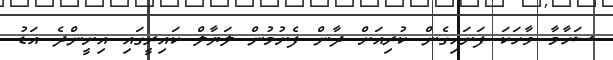
ސަހާމާ ވާހަކަ ފަށައިގެން ކުރިއަށް ދާން ފެށުމުން ލަޔާލް ކައިރީގައި އިށީންދެ އަޑު